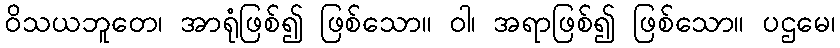
ဝိသယဘူတေ၊ အာရုံဖြစ်၍ ဖြစ်သော။ ဝါ၊ အရာဖြစ်၍ ဖြစ်သော။ ပဌမေ၊